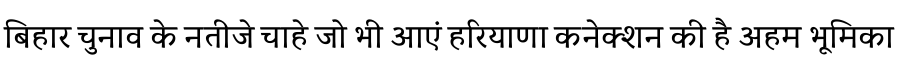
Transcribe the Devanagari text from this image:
बिहार चुनाव के नतीजे चाहे जो भी आएं हरियाणा कनेक्शन की है अहम भूमिका